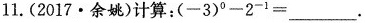
11.(2017· 余姚)计算：(-3)^{0} - 2 - 1=___。